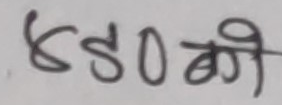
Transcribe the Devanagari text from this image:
४८०बी